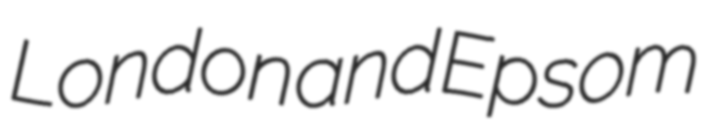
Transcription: London and Epsom